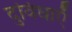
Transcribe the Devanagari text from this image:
दुविधाएँ